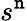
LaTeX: s^{\mathtt{n}}